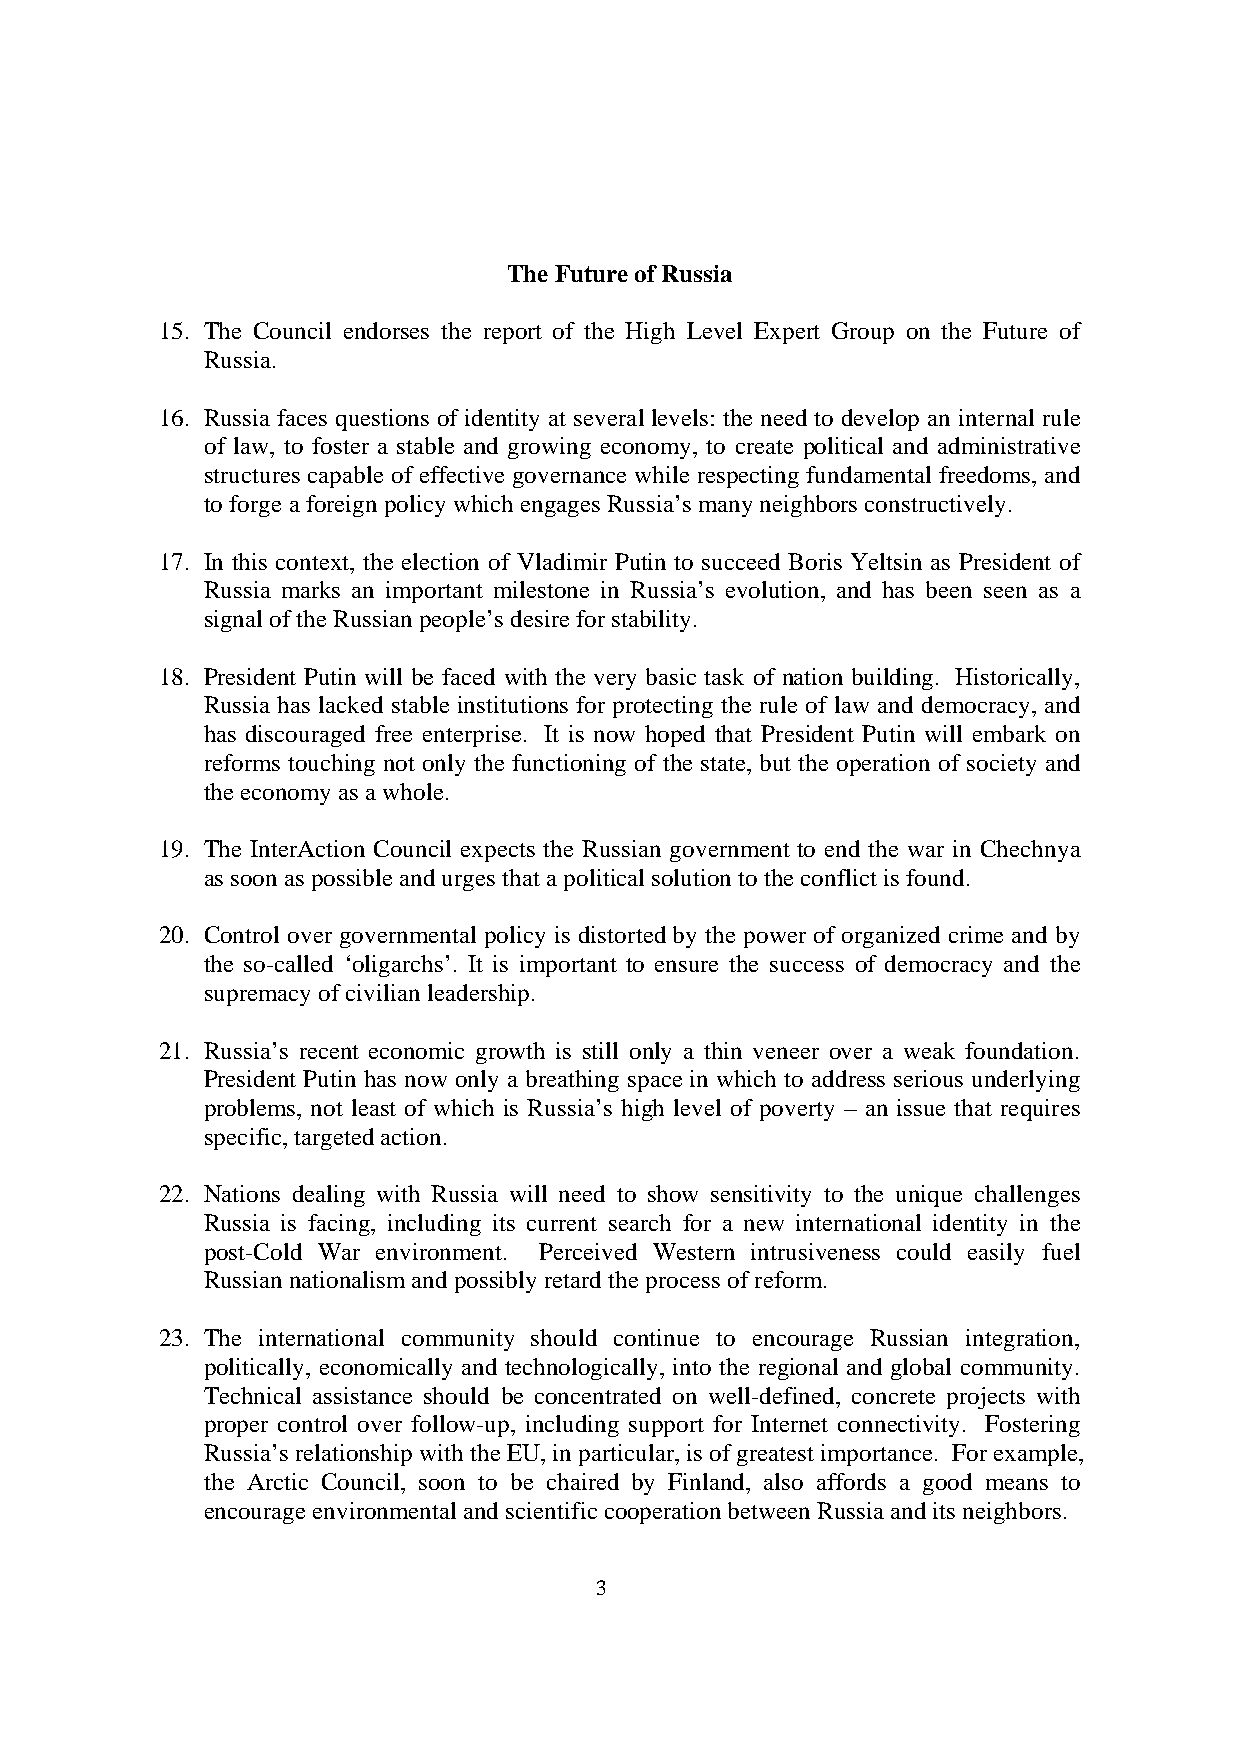
The Future of Russia
 15. The Council endorses the report of the High Level Expert Group on the Future of
 Russia.
 16. Russia faces questions of identity at several levels: the need to develop an internal rule
 of law, to foster a stable and growing economy, to create political and administrative
 structures capable of effective governance while respecting fundamental freedoms, and
 to forge a foreign policy which engages Russia’s many neighbors constructively.
 17. In this context, the election of Vladimir Putin to succeed Boris Yeltsin as President of
 Russia marks an important milestone in Russia’s evolution, and has been seen as a
 signal of the Russian people’s desire for stability.
 18. President Putin will be faced with the very basic task of nation building. Historically,
 Russia has lacked stable institutions for protecting the rule of law and democracy, and
 has discouraged free enterprise. It is now hoped that President Putin will embark on
 reforms touching not only the functioning of the state, but the operation of society and
 the economy as a whole.
 19. The InterAction Council expects the Russian government to end the war in Chechnya
 as soon as possible and urges that a political solution to the conflict is found.
 20. Control over governmental policy is distorted by the power of organized crime and by
 the so-called ‘oligarchs’. It is important to ensure the success of democracy and the
 supremacy of civilian leadership.
 21. Russia’s recent economic growth is still only a thin veneer over a weak foundation.
 President Putin has now only a breathing space in which to address serious underlying
 problems, not least of which is Russia’s high level of poverty – an issue that requires
 specific, targeted action.
 22. Nations dealing with Russia will need to show sensitivity to the unique challenges
 Russia is facing, including its current search for a new international identity in the
 post-Cold War environment. Perceived Western intrusiveness could easily fuel
 Russian nationalism and possibly retard the process of reform.
 23. The international community should continue to encourage Russian integration,
 politically, economically and technologically, into the regional and global community.
 Technical assistance should be concentrated on well-defined, concrete projects with
 proper control over follow-up, including support for Internet connectivity. Fostering
 Russia’s relationship with the EU, in particular, is of greatest importance. For example,
 the Arctic Council, soon to be chaired by Finland, also affords a good means to
 encourage environmental and scientific cooperation between Russia and its neighbors.
 3